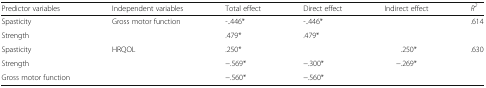
<table><thead><tr><td><b>Predictor variables</b></td><td><b>Independent variables</b></td><td><b>Total effect</b></td><td><b>Direct effect</b></td><td><b>Indirect effect</b></td><td><b><i>R</i><sup><i>2</i></sup></b></td></tr></thead><tbody><tr><td>Spasticity</td><td rowspan="2">Gross motor function</td><td>-..446*</td><td>-..446*</td><td></td><td>.614</td></tr><tr><td>Strength</td><td>.479*</td><td>.479*</td><td></td><td></td></tr><tr><td>Spasticity</td><td rowspan="3">HRQOL</td><td>.250*</td><td></td><td>.250*</td><td>.630</td></tr><tr><td>Strength</td><td>−.569*</td><td>−.300*</td><td>−.269*</td><td></td></tr><tr><td>Gross motor function</td><td>−.560*</td><td>−.560*</td><td></td><td></td></tr></tbody></table>